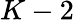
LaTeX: K-2